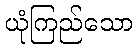
ယုံကြည်သော